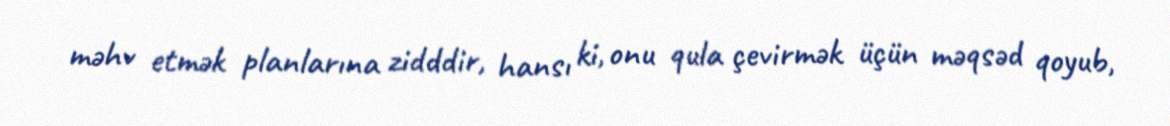
məhv etmək planlarına zidddir, hansı ki, onu qula çevirmək üçün məqsəd qoyub,